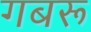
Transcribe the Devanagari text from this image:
गबरू